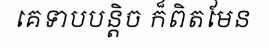
គេទាបបន្តិច ក៏ពិតមែន